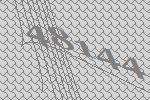
48144